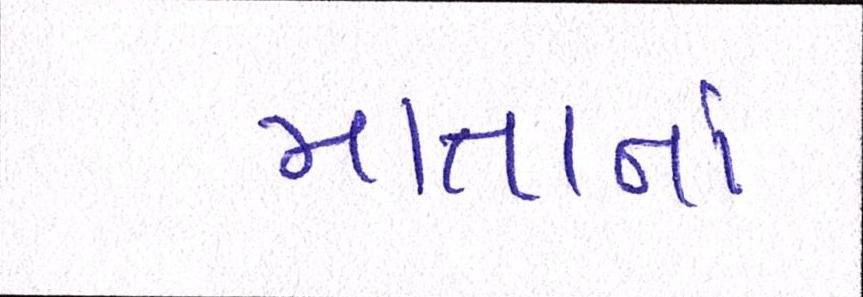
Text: માતાનાં